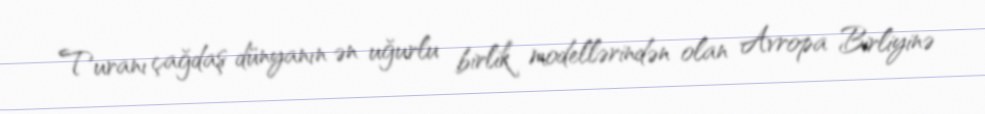
Turanı çağdaş dünyanın ən uğurlu birlik modellərindən olan Avropa Birliyinə